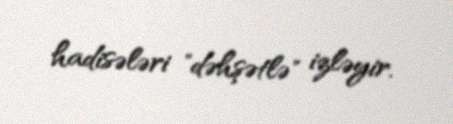
hadisələri "dəhşətlə" izləyir.